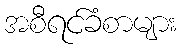
အစီရင်ခံစာများ